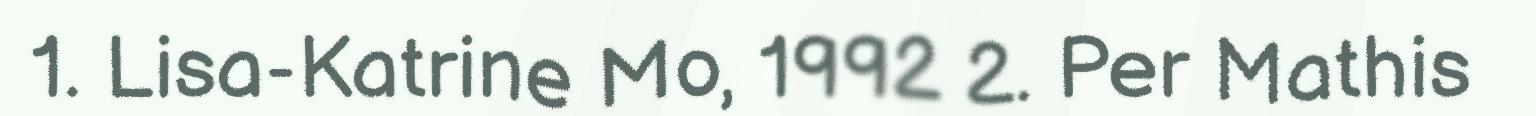
1. Lisa-Katrine Mo, 1992 2. Per Mathis